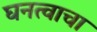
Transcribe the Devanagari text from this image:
घनत्वाचा